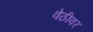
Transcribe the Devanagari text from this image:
वेठीवर